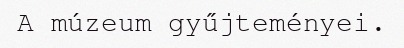
A múzeum gyűjteményei.